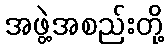
အဖွဲ့အစည်းတို့